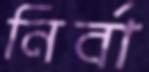
নির্বা